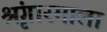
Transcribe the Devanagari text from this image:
श्रृंगारमाला